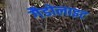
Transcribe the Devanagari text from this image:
गैडोलाइट